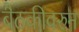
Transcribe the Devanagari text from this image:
बैठकीवरुन